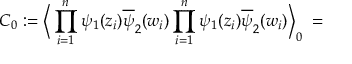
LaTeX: C _ { 0 } : = \Big \langle \prod _ { i = 1 } ^ { n } \psi _ { 1 } ( z _ { i } ) \overline { { { \psi } } } _ { 2 } ( w _ { i } ) \prod _ { i = 1 } ^ { n } \psi _ { 1 } ( z _ { i } ) \overline { { { \psi } } } _ { 2 } ( w _ { i } ) \Big \rangle _ { 0 } \; =